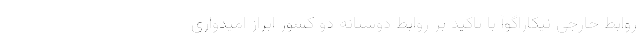
روابط خارجی نیکاراگوآ با تاکید بر روابط دوستانه دو کشور ابراز امیدواری